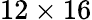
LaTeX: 12\times 16